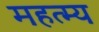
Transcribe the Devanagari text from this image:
महत्म्य